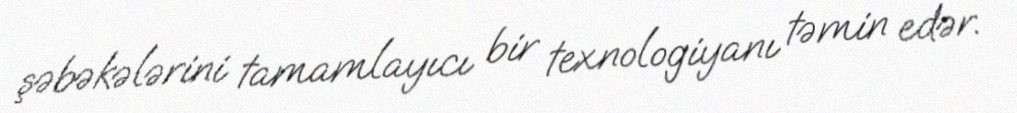
şəbəkələrini tamamlayıcı bir texnologiyanı təmin edər.